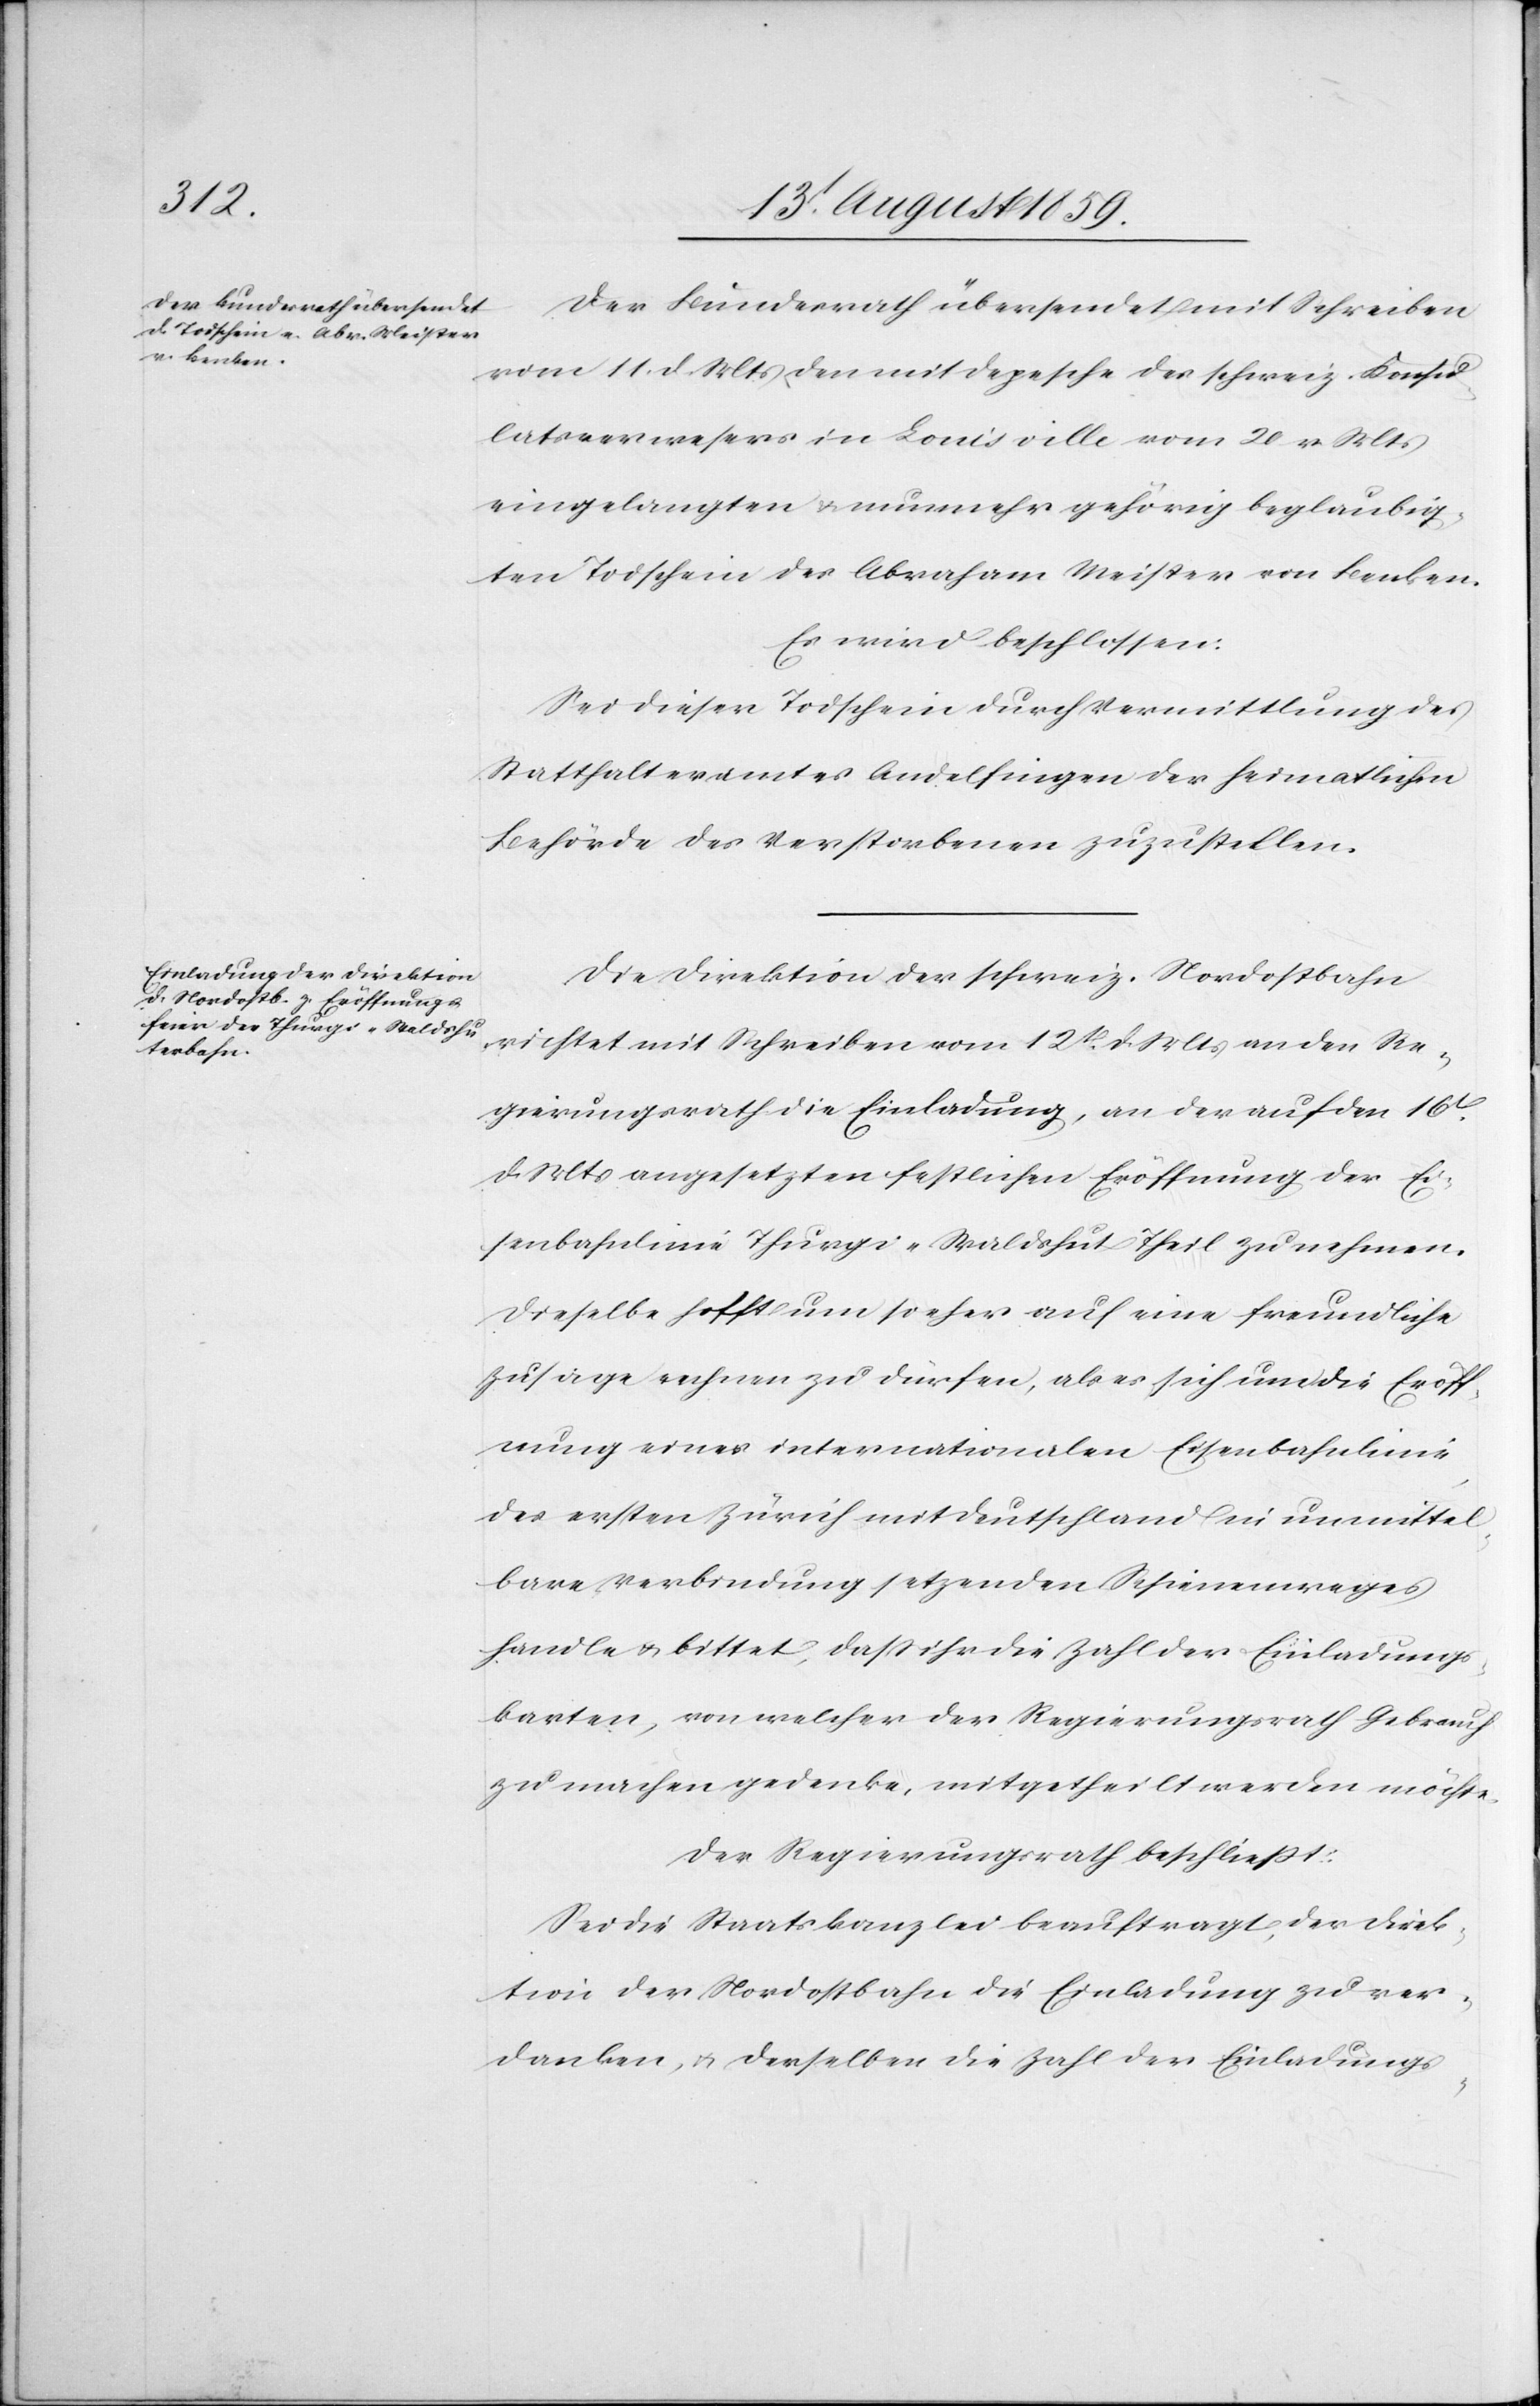
Der Bundesrath übersendet mit Schreiben
vom 11. d. Mts. den mit Depesche des schweiz. Konsu¬
latesverwesers in Louisville vom 20. v. Mts.
eingelangten u. nunmehr gehörig beglaubig¬
ten Todschein des Abraham Meister von Benken.
Es wird beschlossen:
Sei dieser Todtschein durch Vermittlung des
Statthalteramtes Andelfingen der heimathlichen
Behörde des Verstorbenen zuzustellen.
Die Direktion der schweiz. Nordostbahn
richtet mit Schreiben vom 12. d. Mts. an den Re¬
gierungsrath die Einladung, an der auf den 16t.
d. Mts. angesetzten festlichen Eröffnung der Ei¬
senbahnlinie Thurgi-Waldshut Theil zu nehmen.
Dieselbe hofft um so eher auf eine freundliche
Zusage rechnen zu dürfen, als es sich um die Eröff¬
nung einer internationalen Eisenbahnlinie
des ersten Zürich mit Deutschland in unmittel¬
bare Verbindung setzenden Schienenweges
handle u. bittet, daß ihr die Zahl der Einladungs¬
karten, von welcher der Regierungsrath Gebrauch
zu machen gedenke, mitgetheilt werden möchte.
Der Regierungsrath beschließt:
Sei die Staatskanzlei beauftragt, der Direk¬
tion der Nordostbahn die Einladung zu ver¬
danken, u. derselben die Zahl der Einladungs-